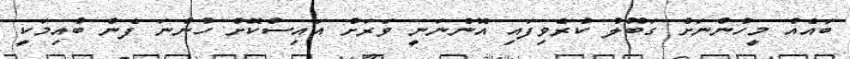
ބައެއް މީހުންނަށް ގަބޫލު ކުރެވިފައި އޮންނަނީ ވަރަށް އައިސްކޮށް ހުންނަ ފެން ބުއިމަކީ